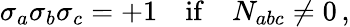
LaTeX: \sigma_{a}\sigma_{b}\sigma_{c}=+1\quad\mathrm{if}\quad N_{abc}\not=0\, ,